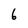
Character: 6